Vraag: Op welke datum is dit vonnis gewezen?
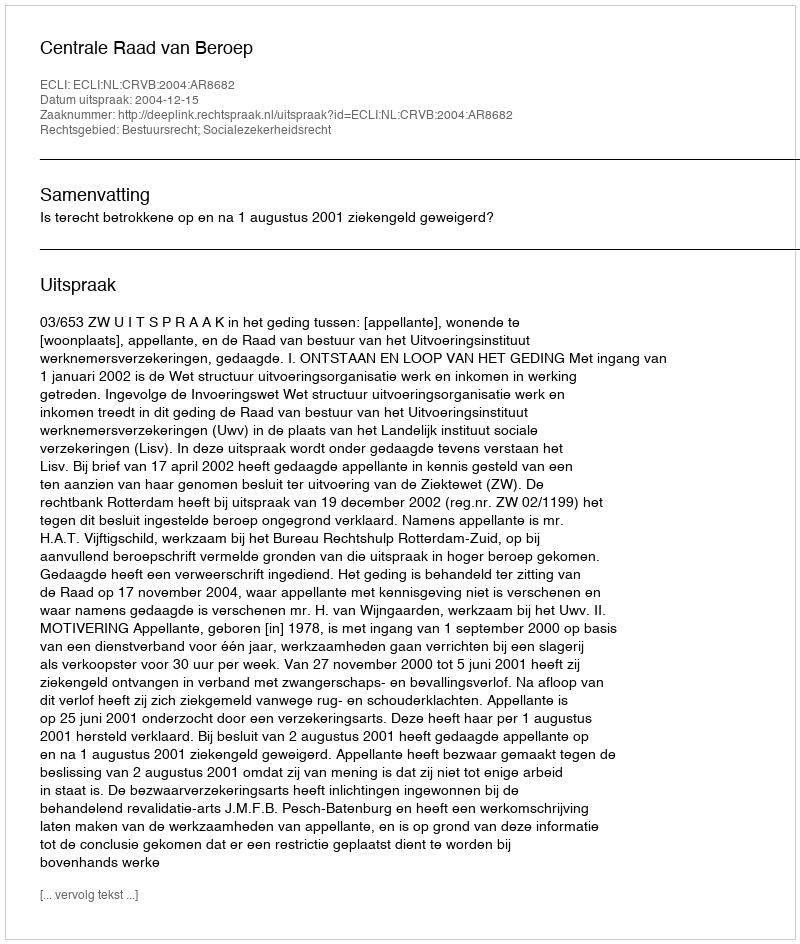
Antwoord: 2004-12-15